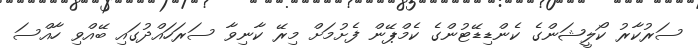
ސަރުކާރު ކޯލީޝަންގެ ކެންޑިޑޭޓުންގެ ކެމްޕޭން ފެށުމަށް މިރޭ ކާނިވާ ސަރަހައްދުގައި ބޭއްވި ހާއްސަ